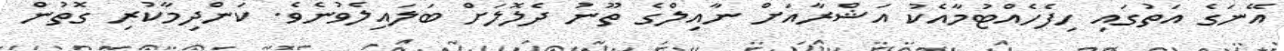
އޭނަގެ އަތުގައި ހިފެހެއްޓުމާއެކު އަޝްރާއަށް ނާއިލްގެ ތޫނު ދެލޮލަށް ބަލައިލެވުނެވެ. ކަންދިމާކުރި ގޮތުން